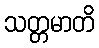
သတ္တမာတိ